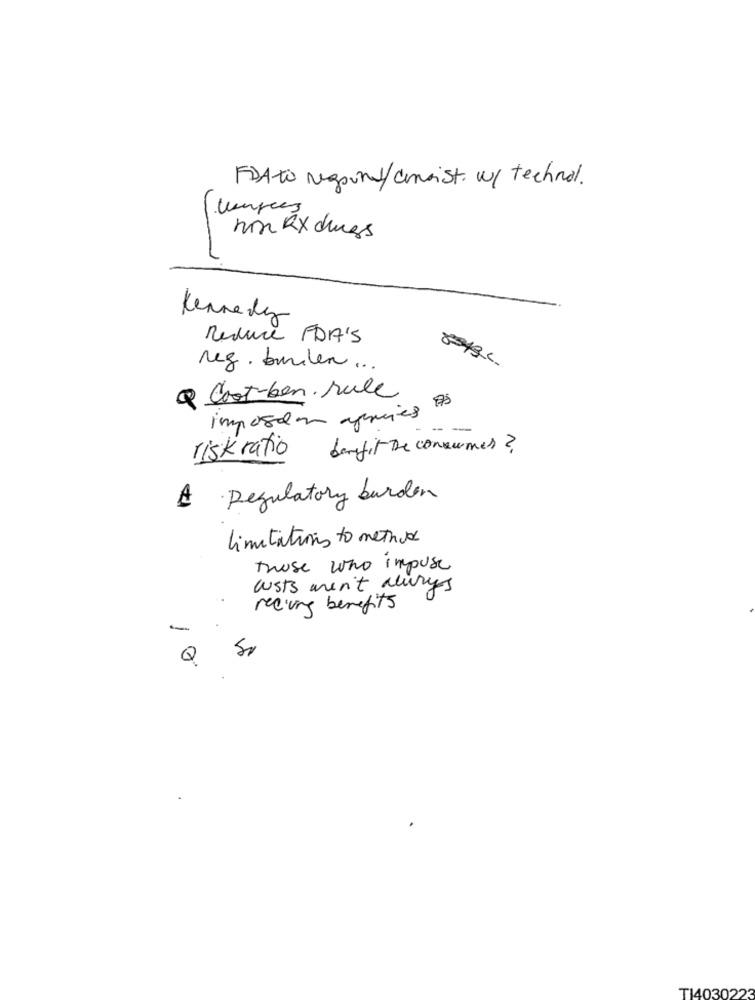
FDAto Negound/consist. w/ technol.
hin RX dress
Kennedy
Reduce FDA'S
89434.
reg . burden ..
Q Cost-ben. rule
73
imposton aprecies
risk ratio
benefit the consumer?
A Regulatory burden
limitations to method
those who impose
costs aren't always
receiving benefits
-
Q
T1403022